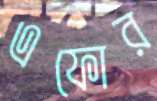
এফোর